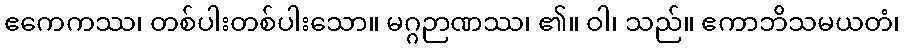
ဧကေကဿ၊ တစ်ပါးတစ်ပါးသော။ မဂ္ဂဉာဏဿ၊ ၏။ ဝါ၊ သည်။ ဧကာဘိသမယတံ၊